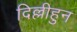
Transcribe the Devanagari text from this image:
दिल्लीहुन